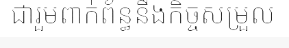
ជារួមពាក់ព័ន្ធនឹងកិច្ចសម្រួល